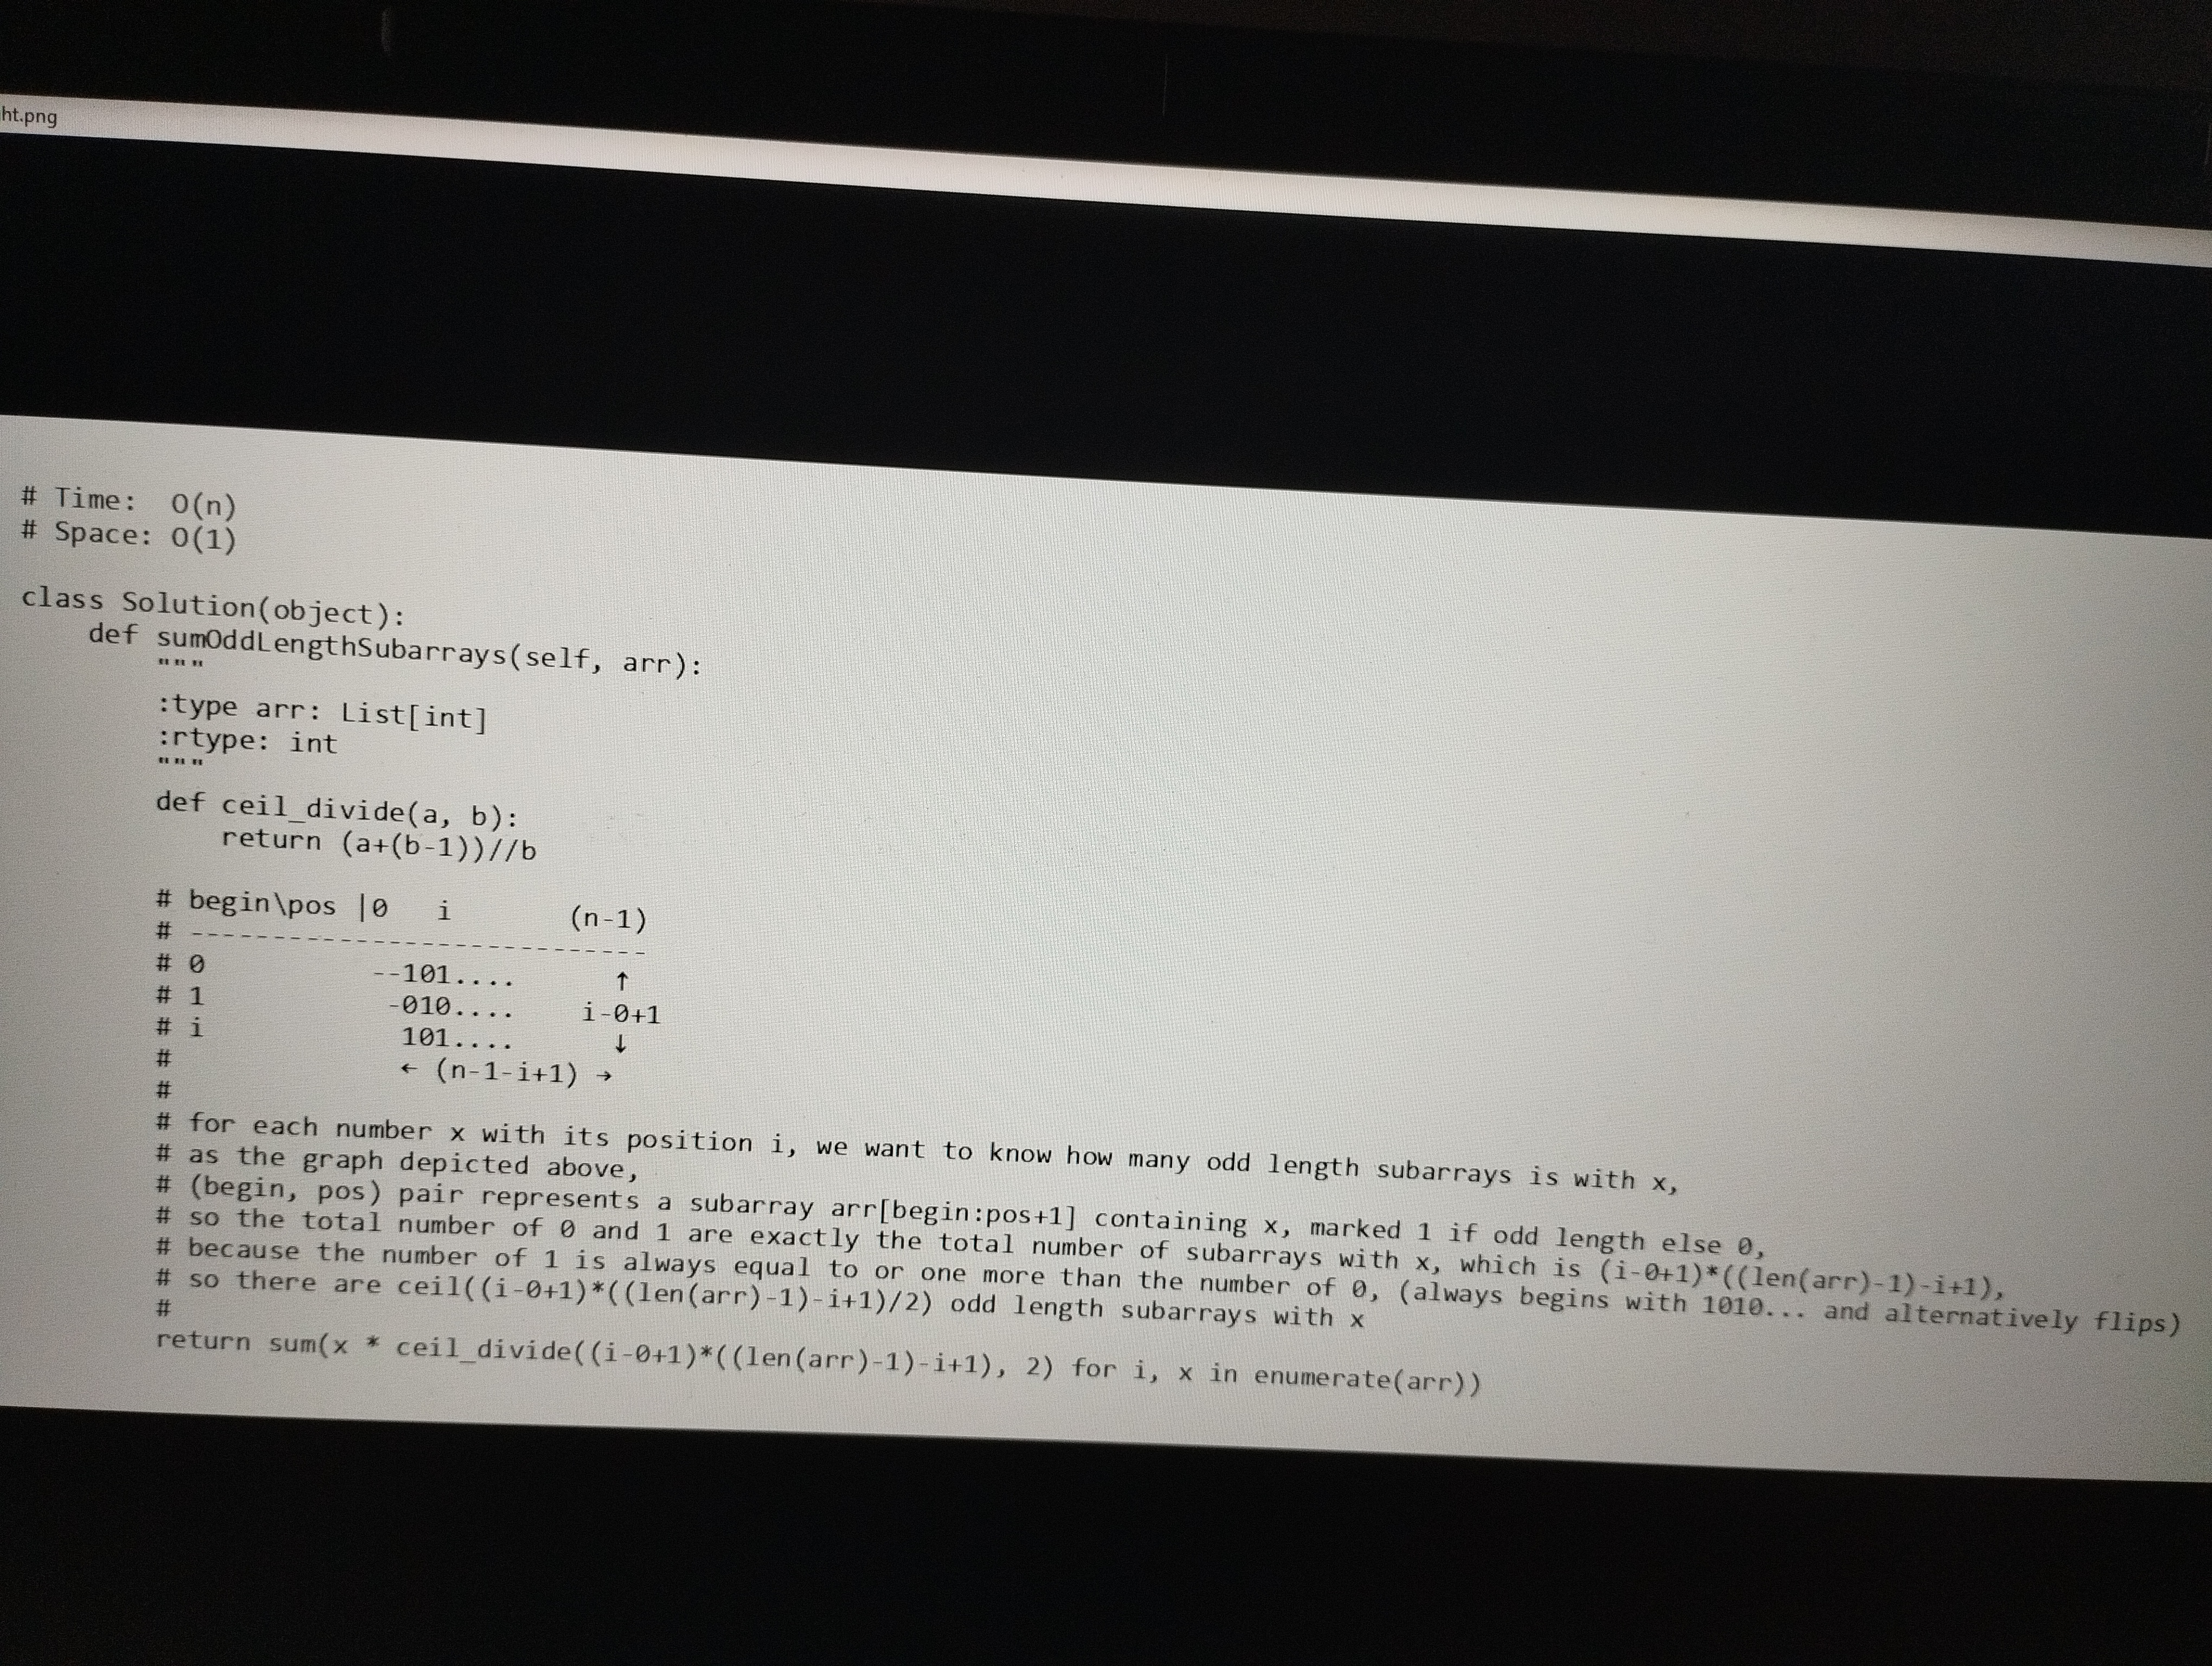
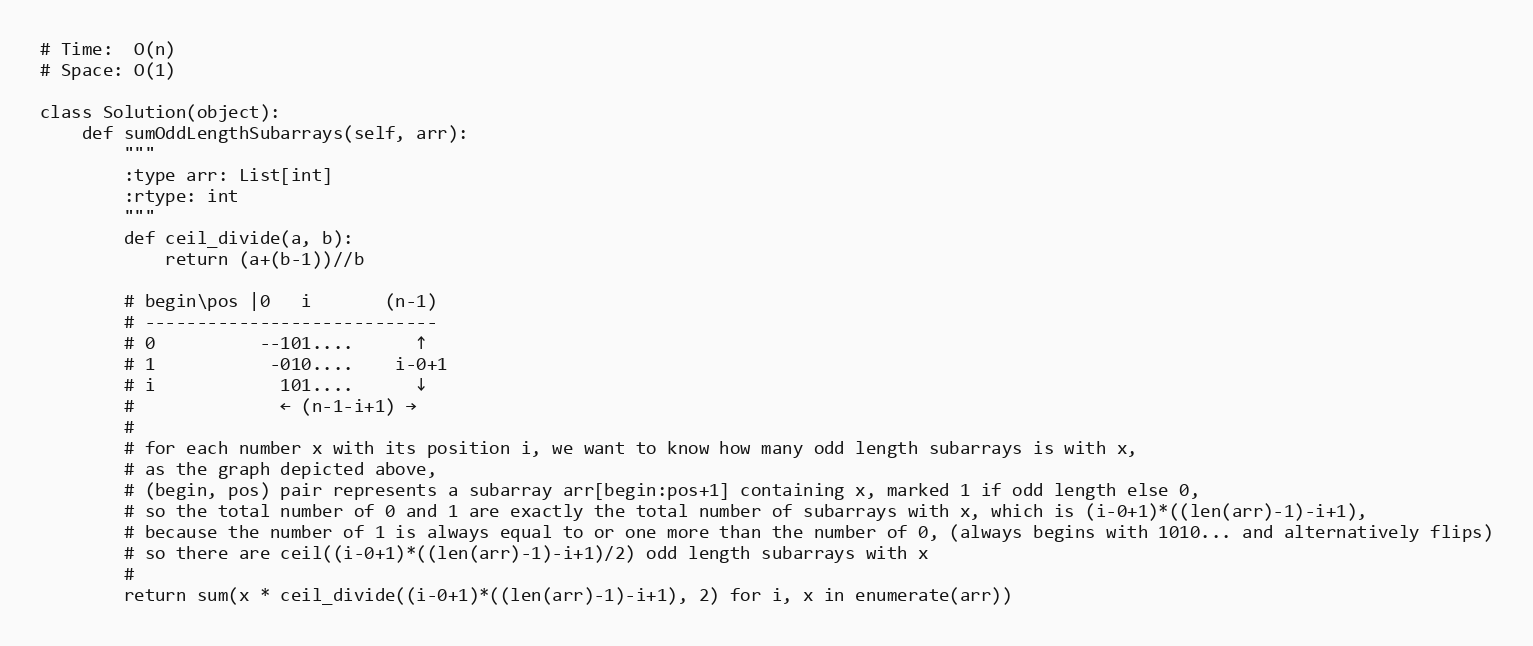
# Time:  O(n)
# Space: O(1)

class Solution(object):
    def sumOddLengthSubarrays(self, arr):
        """
        :type arr: List[int]
        :rtype: int
        """
        def ceil_divide(a, b):
            return (a+(b-1))//b

        # begin\pos |0   i       (n-1)
        # ----------------------------
        # 0          --101....      ↑
        # 1           -010....    i-0+1
        # i            101....      ↓
        #              ← (n-1-i+1) →
        #
        # for each number x with its position i, we want to know how many odd length subarrays is with x,
        # as the graph depicted above,
        # (begin, pos) pair represents a subarray arr[begin:pos+1] containing x, marked 1 if odd length else 0,
        # so the total number of 0 and 1 are exactly the total number of subarrays with x, which is (i-0+1)*((len(arr)-1)-i+1),
        # because the number of 1 is always equal to or one more than the number of 0, (always begins with 1010... and alternatively flips)
        # so there are ceil((i-0+1)*((len(arr)-1)-i+1)/2) odd length subarrays with x
        #
        return sum(x * ceil_divide((i-0+1)*((len(arr)-1)-i+1), 2) for i, x in enumerate(arr))